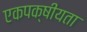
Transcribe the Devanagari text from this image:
एकपक्षीयता